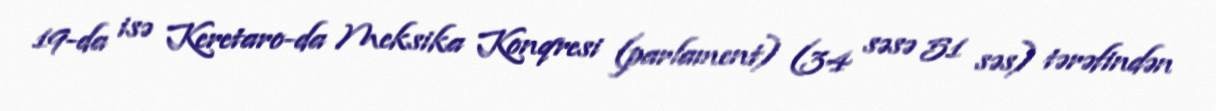
19-da isə Keretaro-da Meksika Konqresi (parlament) (34 səsə 51 səs) tərəfindən